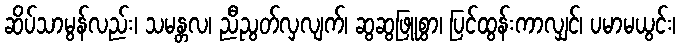
ဆိပ်သာမွန်လည်း၊ သမန္တလ၊ ညီညွတ်လှလျက်၊ ဆွဆွဖြူစွာ၊ ပြင်ထွန်းကာလျှင်၊ ပမာမယွင်း၊